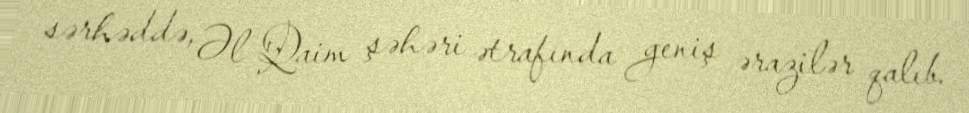
sərhəddə, Əl Qaim şəhəri ətrafında geniş ərazilər qalıb.